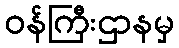
ဝန်ကြီးဌာနမှ